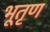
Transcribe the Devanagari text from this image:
भूतृण